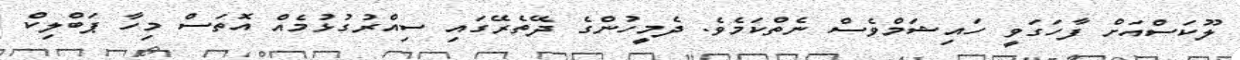
ލޫކަސްއަށް ފާހަގަވީ ހައިޝަމްވެސް ނެތްކަމެވެ. ދެމީހުންގެ ދޭތެރޭގައި ސިއްރުގުޅުމެއް އޮތަސް މިހާ ޕަބްލިކް